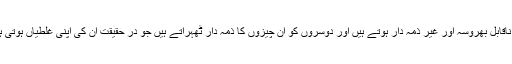
وہ ناقابل بھروسہ اور غیر ذمہ دار ہوتے ہیں اور دوسروں کو ان چیزوں کا ذمہ دار ٹھہراتے ہیں جو در حقیقت ان کی اپنی غلطیاں ہوتی ہیں۔